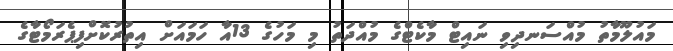
މައުލޫމާތު މުއްސަނދިވި ނައިޓް މާކެޓްގެ މުއްދަތު މި މަހުގެ 13އާ ހަމައަށް އިތުރުކޮށްފިޕެރަމޯޓާގެ